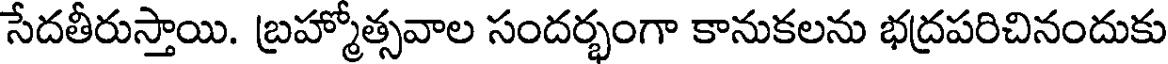
సేదతీరుస్తాయి. బ్రహ్మోత్సవాల సందర్భంగా కానుకలను భద్రపరిచినందుకు